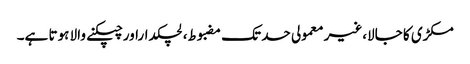
مکڑی کا جالا،غیر معمولی حد تک مضبوط، لچکداراور چپکنے والا ہوتا ہے۔